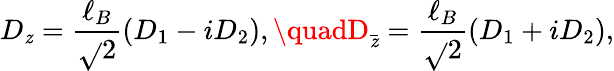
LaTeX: D_{\mathit{z}}=\frac{{\ell_{B}}}{{\sqrt{}{{2}}}}(D_{1}-iD_{2}),\quadD_{\bar{{\mathit{z}}}}=\frac{{\ell_{B}}}{{\sqrt{}{2}}}(D_{1}+iD_{2}),